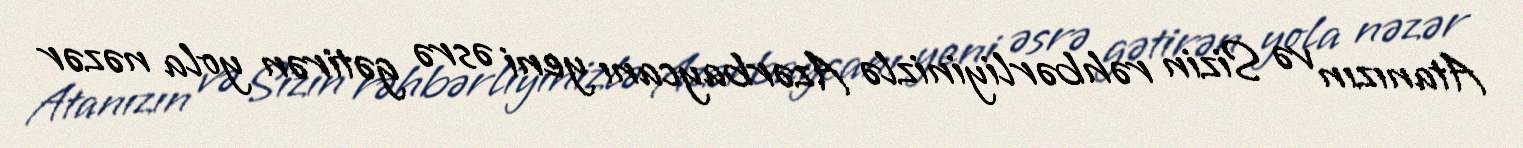
Atanızın və Sizin rəhbərliyinizlə Azərbaycanı yeni əsrə gətirən yola nəzər